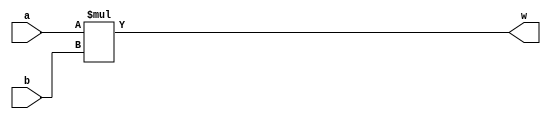
`timescale 1ns/1ns
module mult (input [15:0] a,b,output [31:0] w);
	assign w=a*b;
endmodule